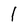
Character: 1